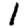
Digit: 1